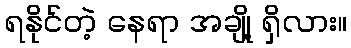
ရနိုင်တဲ့ နေရာ အချို့ ရှိလား။